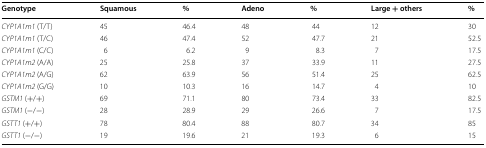
<table><thead><tr><td><b>Genotype</b></td><td><b>Squamous</b></td><td><b>%</b></td><td><b>Adeno</b></td><td><b>%</b></td><td><b>Large + others</b></td><td><b>%</b></td></tr></thead><tbody><tr><td><i>CYP1A1m1</i> (T/T)</td><td>45</td><td>46.4</td><td>48</td><td>44 </td><td>12</td><td>30 </td></tr><tr><td><i>CYP1A1m1</i> (T/C)</td><td>46</td><td>47.4</td><td>52</td><td>47.7 </td><td>21</td><td>52.5 </td></tr><tr><td><i>CYP1A1m1</i> (C/C)</td><td>6</td><td>6.2</td><td>9</td><td>8.3 </td><td>7</td><td>17.5 </td></tr><tr><td><i>CYP1A1m2</i> (A/A)</td><td>25</td><td>25.8</td><td>37</td><td>33.9 </td><td>11</td><td>27.5 </td></tr><tr><td><i>CYP1A1m2</i> (A/G)</td><td>62</td><td>63.9</td><td>56</td><td>51.4 </td><td>25</td><td>62.5 </td></tr><tr><td><i>CYP1A1m2</i> (G/G)</td><td>10</td><td>10.3</td><td>16</td><td>14.7 </td><td>4</td><td>10 </td></tr><tr><td><i>GSTM1</i> (+/+)</td><td>69</td><td>71.1</td><td>80</td><td>73.4 </td><td>33</td><td>82.5 </td></tr><tr><td><i>GSTM1</i> (−/−)</td><td>28</td><td>28.9</td><td>29</td><td>26.6 </td><td>7</td><td>17.5 </td></tr><tr><td><i>GSTT1</i> (+/+)</td><td>78</td><td>80.4</td><td>88</td><td>80.7 </td><td>34</td><td>85 </td></tr><tr><td><i>GSTT1</i> (−/−)</td><td>19</td><td>19.6</td><td>21</td><td>19.3 </td><td>6</td><td>15 </td></tr></tbody></table>